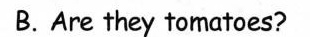
B.Are they tomatoes?